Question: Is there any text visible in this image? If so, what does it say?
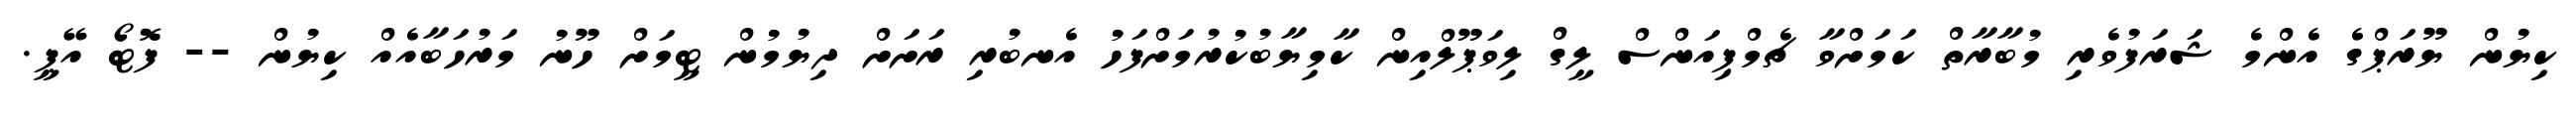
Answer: ކިޔުން ޔޫރަޕްގެ އެންމެ ޝަރަފުވެރި މުބާރާތް ކަމަށްވާ ޗެމްޕިއަންސް ލީގް ލިވަޕޫލްއިން ކާމިޔާބުކުރުމަށްފަހު އެނބުރި ރަށަށް ދިޔުމުން ޓީމަށް ހޫނު މަރުހަބާއެއް ކިޔުން -- ފޮޓޯ އޭޕީ.